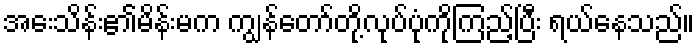
အေးသိန်း၏မိန်းမက ကျွန်တော်တို့လုပ်ပုံကိုကြည့်ပြီး ရယ်နေသည်။